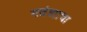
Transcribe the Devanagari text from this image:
गवंड्याचा